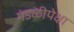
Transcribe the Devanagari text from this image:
मंडळीपेक्षा